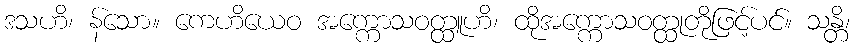
ဒသဟိ၊ န်သော။ ကေဟိယေဝ အက္ကောသဝတ္ထူဟိ၊ ထိုအက္ကောသဝတ္ထုတိုဖြင့်ပင်။ သန္တိ၊